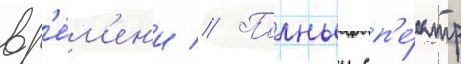
вр'е́м'ен'и // Полныи сп'е́ктр